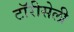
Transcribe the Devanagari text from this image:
टॉरीसेली